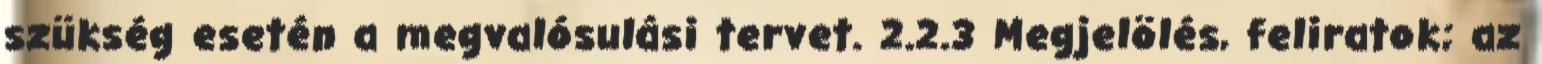
szükség esetén a megvalósulási tervet. 2.2.3 Megjelölés, feliratok; az